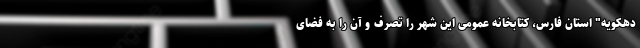
دهکویه" استان فارس، کتابخانه عمومی این شهر را تصرف و آن را به فضای